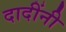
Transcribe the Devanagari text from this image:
दादींनी